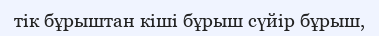
тік бұрыштан кіші бұрыш сүйір бұрыш,